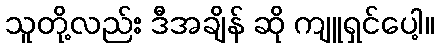
သူတို့လည်း ဒီအချိန် ဆို ကျူရှင်ပေါ့။